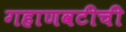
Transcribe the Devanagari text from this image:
गहाणवटीची